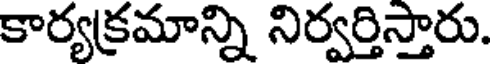
కార్యక్రమాన్ని నిర్వర్తిస్తారు.